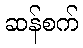
ဆန်စက်